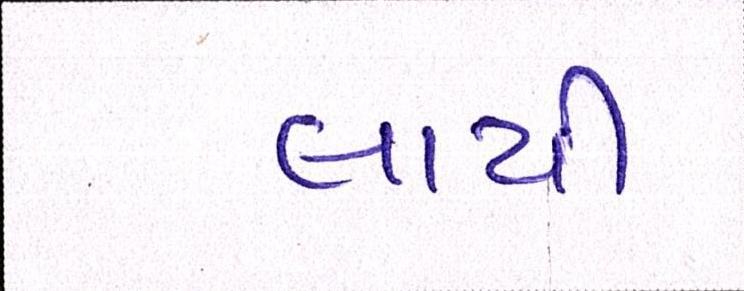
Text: લાયી